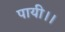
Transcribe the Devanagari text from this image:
पायी।।